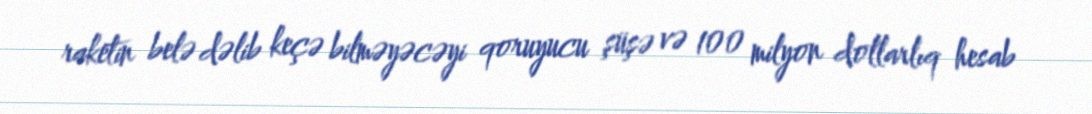
raketin belə dəlib keçə bilməyəcəyi qoruyucu şüşə və 100 milyon dollarlıq hesab